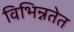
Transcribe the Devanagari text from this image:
विभिन्नतेत